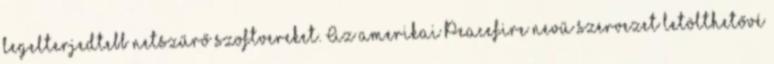
legelterjedtebb netszűrő szoftvereket. Az amerikai Peacefire nevű szervezet letölthetővé